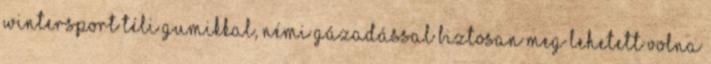
wintersport téli gumikkal, némi gázadással biztosan meg lehetett volna